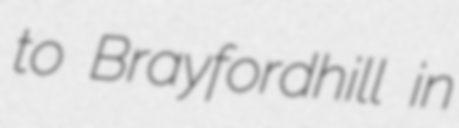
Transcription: to Brayfordhill in